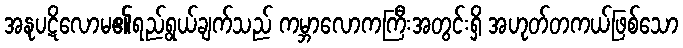
အနုပဋိလောမ၏ရည်ရွယ်ချက်သည် ကမ္ဘာလောကကြီးအတွင်းရှိ အဟုတ်တကယ်ဖြစ်သော